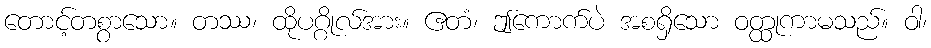
တောင့်တစွာသော။ တဿ၊ ထိုပဂ္ဂိုလ်အား။ ဧတံ၊ ဤကောက်ပဲ အစရှိသော ဝတ္ထုကာမသည်။ ဝါ၊